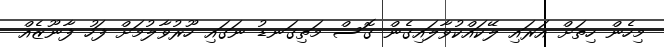
މިހެން ހިތަށް އަރައި ލޭކައްކުވާލައިގެން ގޮސް މަތިގަނޑު ނަގައި ހޫރުވާލުމަށް ފަހު ފާނޫޒެއް